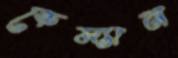
কেম্যান